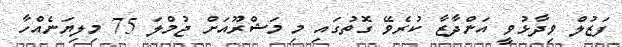
ފަޒުލް ވިދާޅުވީ އަންދާޒާ ކުރެވޭ ގޮތުގައި މި މަޝްރޫއަށް ޖުމްލަ 75 މިލިޔަނެއްހާ